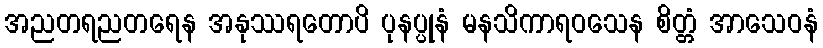
အညတရညတရေန အနုဿရတောပိ ပုနပ္ပုနံ မနသိကာရဝသေန စိတ္တံ အာသေဝနံ